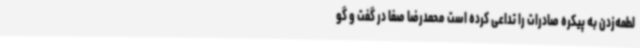
لطمه‌زدن به پیکره صادرات را تداعی کرده است محمدرضا صفا در گفت و گو